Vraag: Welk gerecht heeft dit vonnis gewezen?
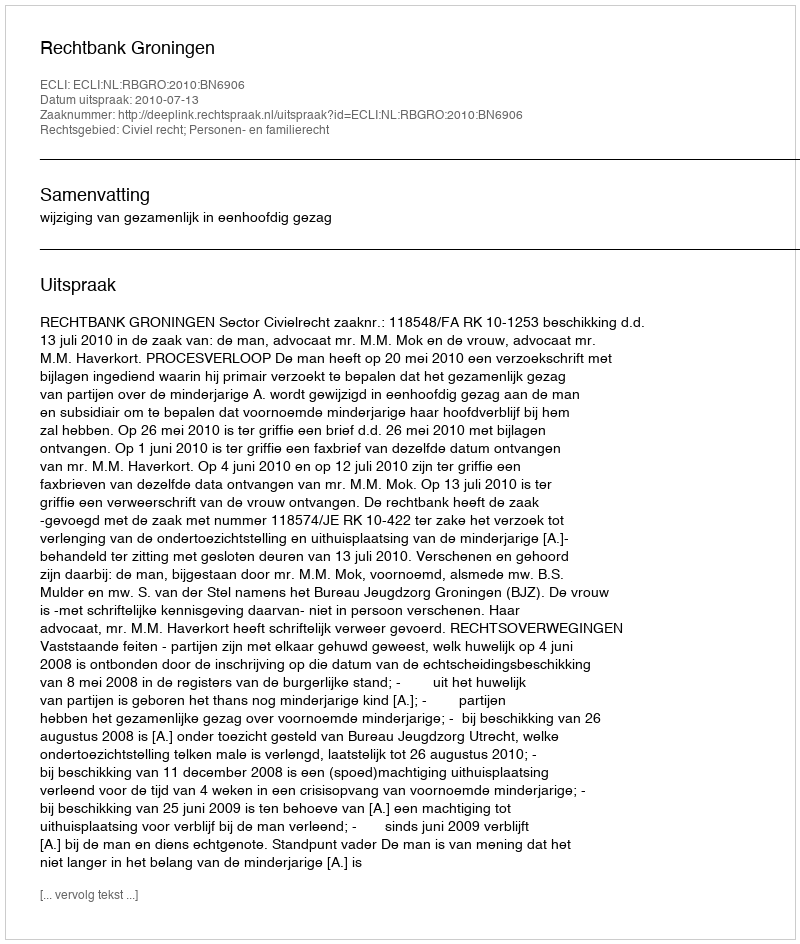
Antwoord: Rechtbank Groningen